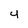
Character: 4